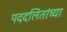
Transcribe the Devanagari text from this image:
पददलितांच्या